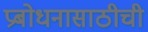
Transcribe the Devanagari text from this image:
प्रबोधनासाठीची